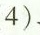
4)